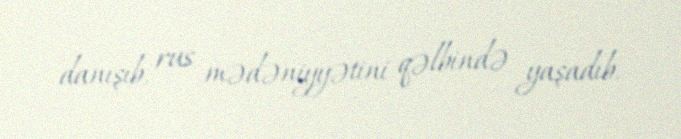
danışıb, rus mədəniyyətini qəlbində yaşadıb.